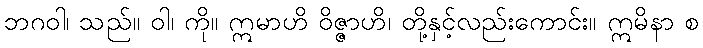
ဘဂဝါ၊ သည်။ ဝါ၊ ကို။ ဣမာဟိ ဝိဇ္ဇာဟိ၊ တို့နှင့်လည်းကောင်း။ ဣမိနာ စ